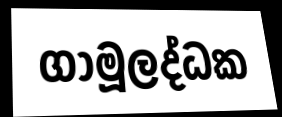
ගාමූලද්ධක